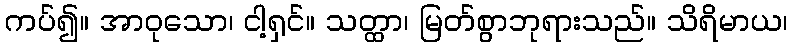
ကပ်၍။ အာဝုသော၊ ငါ့ရှင်။ သတ္ထာ၊ မြတ်စွာဘုရားသည်။ သိရိမာယ၊